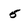
Character: 5